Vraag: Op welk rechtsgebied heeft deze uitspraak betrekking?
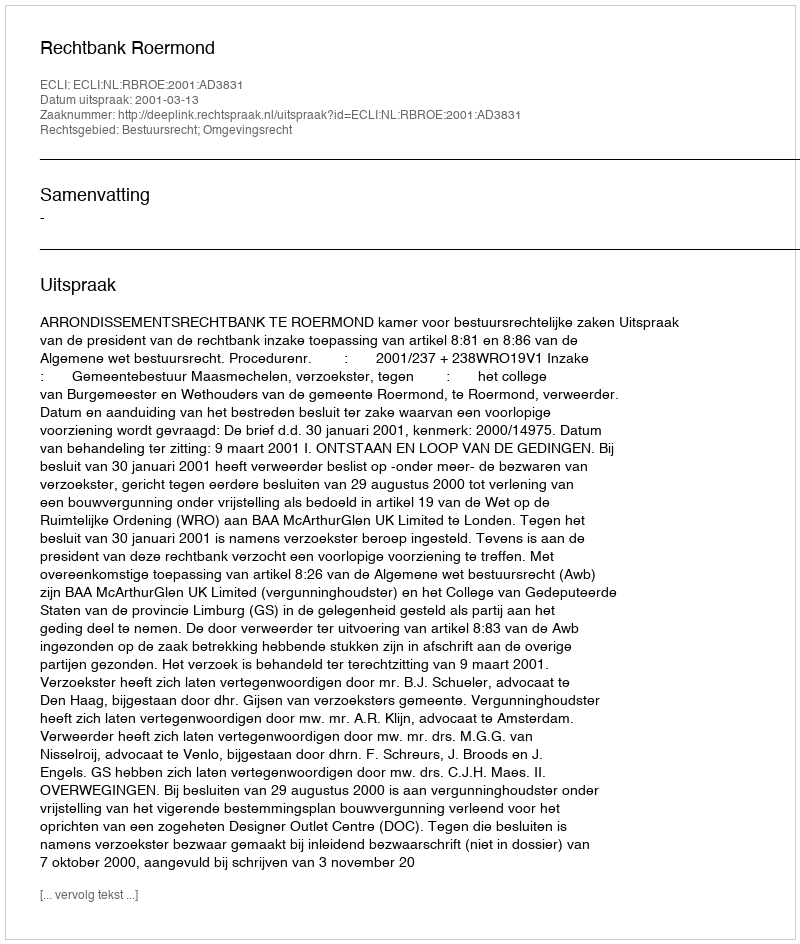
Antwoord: Bestuursrecht; Omgevingsrecht